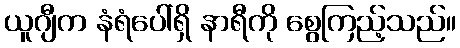
ယူဂျီက နံရံပေါ်ရှိ နာရီကို စွေကြည့်သည်။